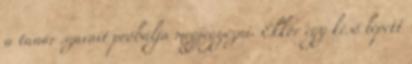
a tanár szavait próbálja megjegyezni. Ekkor egy késő lépett